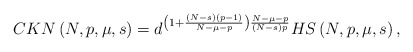
\begin{align*}CKN\left( N,p,\mu,s\right) =d^{\left( 1+\frac{\left( N-s\right) \left(p-1\right) }{N-\mu-p}\right) \frac{N-\mu-p}{\left( N-s\right) p}}HS\left(N,p,\mu,s\right) ,\end{align*}